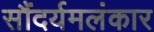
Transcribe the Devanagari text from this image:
सौंदर्यमलंकार